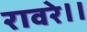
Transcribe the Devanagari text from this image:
रावरे।।